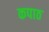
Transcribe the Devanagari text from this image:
कपाठ